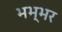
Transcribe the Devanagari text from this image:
भभ्भर